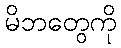
မိဘတွေကို